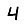
Digit: 4